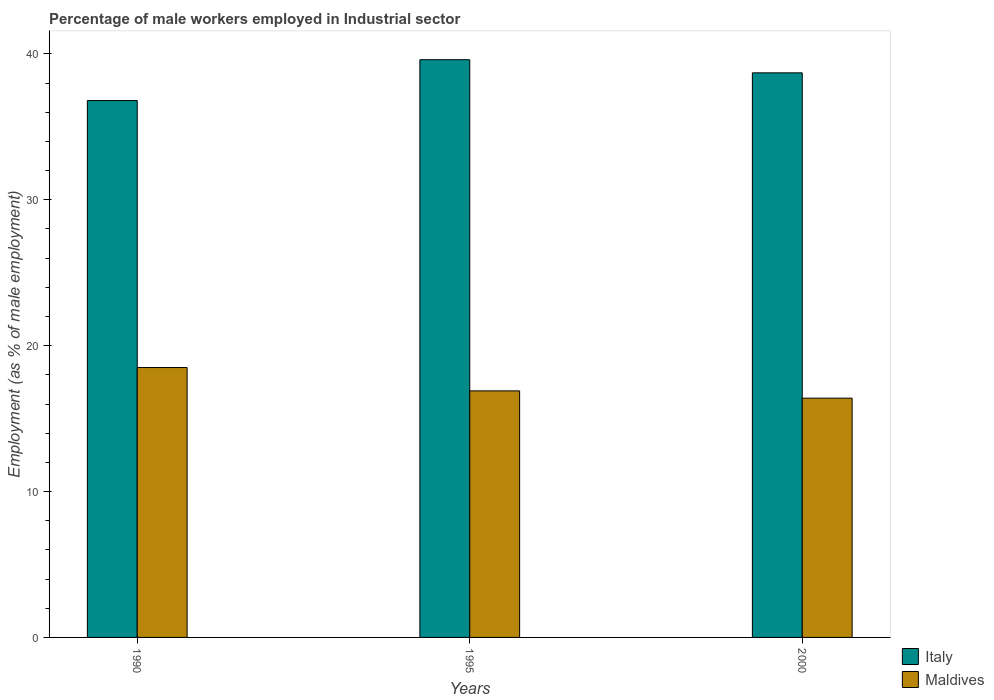
| Years | Italy | Maldives |
 | --- | --- | --- |
 | 1990 | 36.8 | 18.5 |
 | 1995 | 39.6 | 16.9 |
 | 2000 | 38.7 | 16.4 |